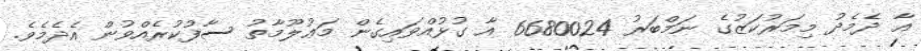
އާ ދެމެދު މިމަރުކަޒުގެ ނަމްބަރު 6680024 އާ ގުޅުއްވައިގެން މަޢުލޫމާތު ސާފުކުރެއްވުން އެދެމެވެ.